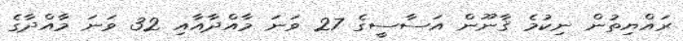
ރައްޔިތުން ނިކުމެ ޤާނޫން އަސާސީގެ 27 ވަނަ މާއްދާއާއި 32 ވަނަ މާއްދާގެ